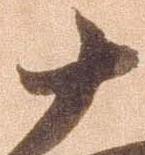
十